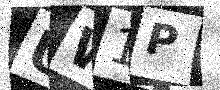
Text: UW1P